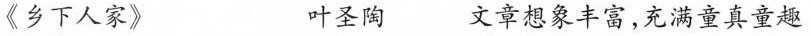
《乡下人家》 叶圣陶 文章想象丰富，充满童真童趣